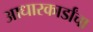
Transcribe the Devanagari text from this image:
आधारकार्डांचा